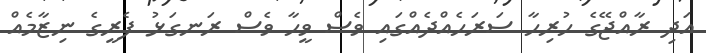
އަދި ރާއްޖޭގެ ހުރިހާ ސަރަހެއްދެއްގައި ވެސް ވީހާ ވެސް ރަނގަޅު ފެރީގެ ނިޒާމެއް